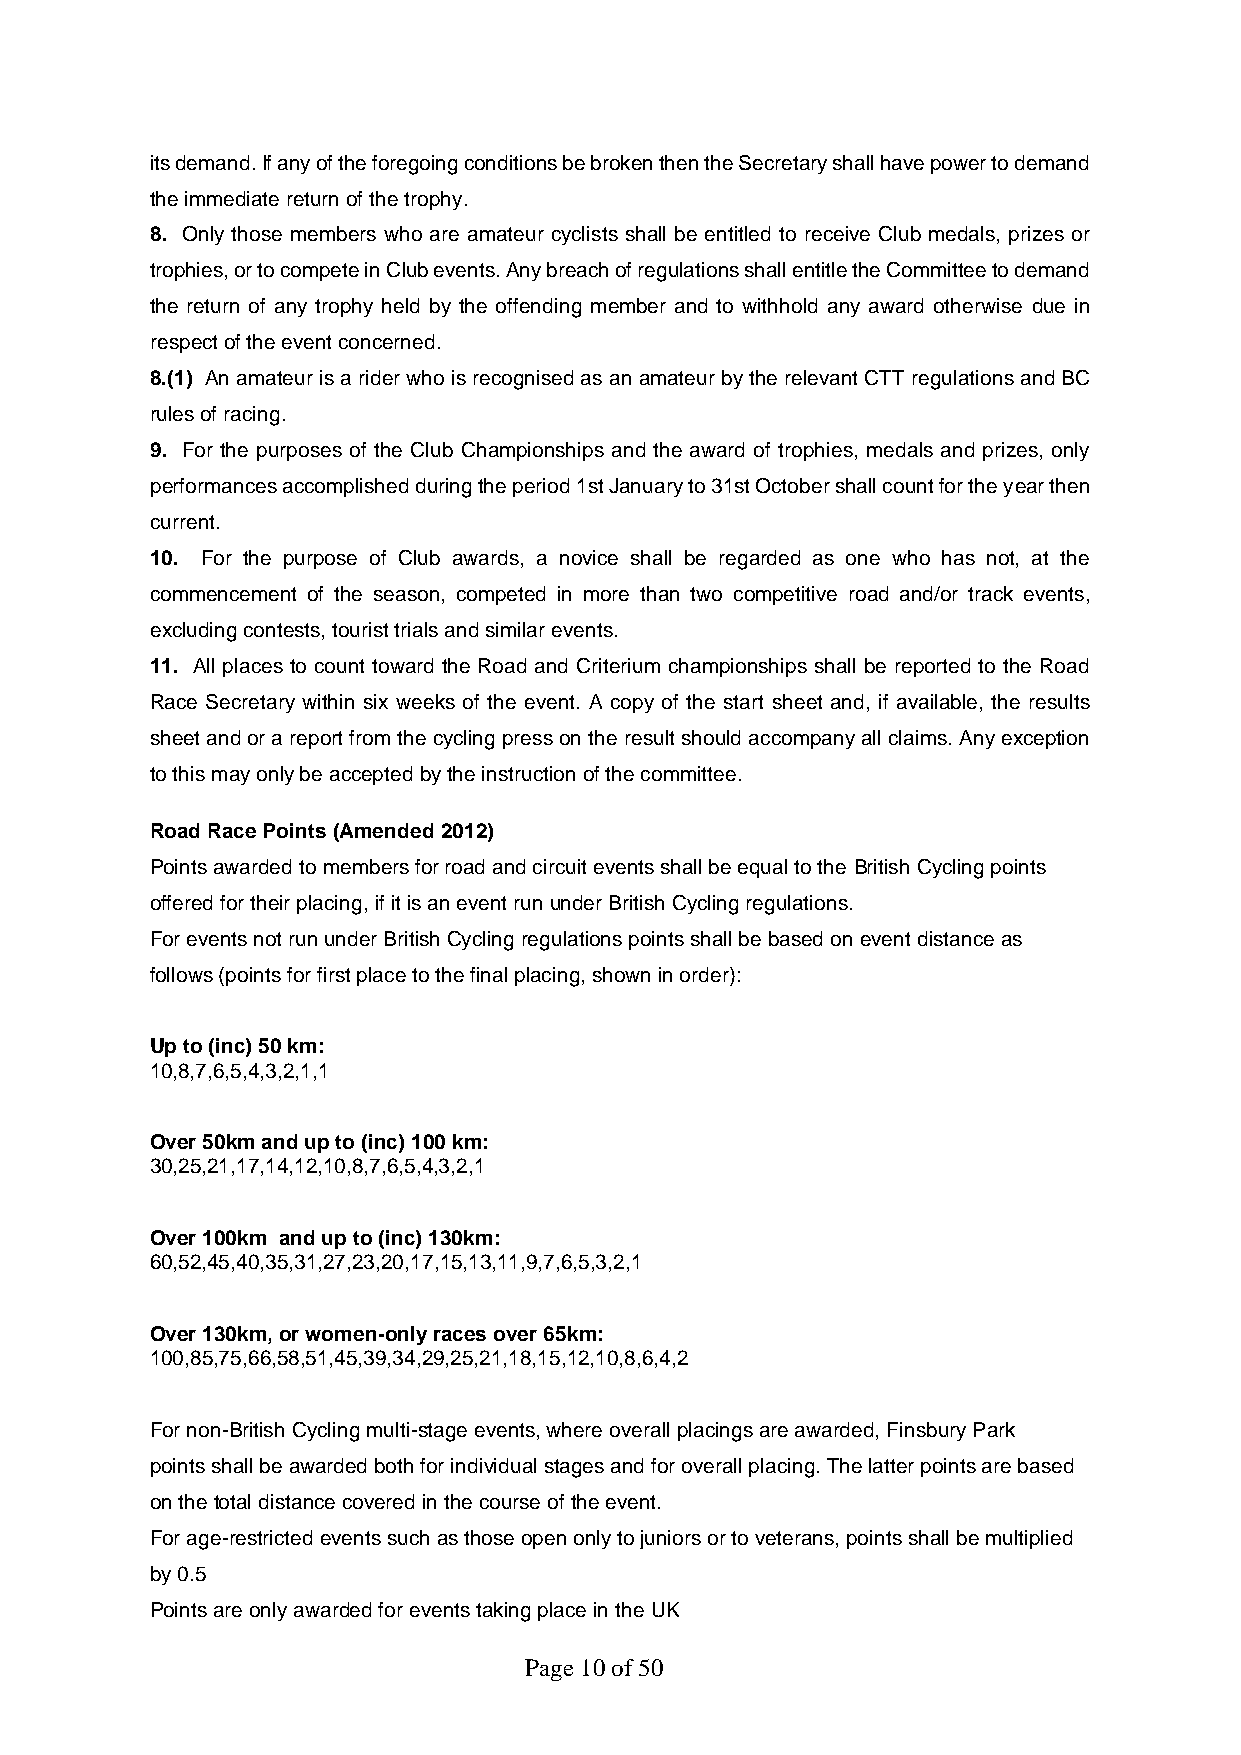
its demand. If any of the foregoing conditions be broken then the Secretary shall have power to demand
 the immediate return of the trophy.
 8. Only those members who are amateur cyclists shall be entitled to receive Club medals, prizes or
 trophies, or to compete in Club events. Any breach of regulations shall entitle the Committee to demand
 the return of any trophy held by the offending member and to withhold any award otherwise due in
 respect of the event concerned.
 8.(1) An amateur is a rider who is recognised as an amateur by the relevant CTT regulations and BC
 rules of racing.
 9. For the purposes of the Club Championships and the award of trophies, medals and prizes, only
 performances accomplished during the period 1st January to 31st October shall count for the year then
 current.
 10. For the purpose of Club awards, a novice shall be regarded as one who has not, at the
 commencement of the season, competed in more than two competitive road and/or track events,
 excluding contests, tourist trials and similar events.
 11. All places to count toward the Road and Criterium championships shall be reported to the Road
 Race Secretary within six weeks of the event. A copy of the start sheet and, if available, the results
 sheet and or a report from the cycling press on the result should accompany all claims. Any exception
 to this may only be accepted by the instruction of the committee.
 Road Race Points (Amended 2012)
 Points awarded to members for road and circuit events shall be equal to the British Cycling points
 offered for their placing, if it is an event run under British Cycling regulations.
 For events not run under British Cycling regulations points shall be based on event distance as
 follows (points for first place to the final placing, shown in order):
 Up to (inc) 50 km:
 10,8,7,6,5,4,3,2,1,1
 Over 50km and up to (inc) 100 km:
 30,25,21,17,14,12,10,8,7,6,5,4,3,2,1
 Over 100km and up to (inc) 130km:
 60,52,45,40,35,31,27,23,20,17,15,13,11,9,7,6,5,3,2,1
 Over 130km, or women-only races over 65km:
 100,85,75,66,58,51,45,39,34,29,25,21,18,15,12,10,8,6,4,2
 For non-British Cycling multi-stage events, where overall placings are awarded, Finsbury Park
 points shall be awarded both for individual stages and for overall placing. The latter points are based
 on the total distance covered in the course of the event.
 For age-restricted events such as those open only to juniors or to veterans, points shall be multiplied
 by 0.5
 Points are only awarded for events taking place in the UK
 Page 10 of 50